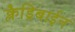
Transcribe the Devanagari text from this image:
क्लैड्रिबाईन